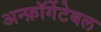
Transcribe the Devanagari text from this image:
अन्फ़ॉर्गेटेबल